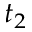
t _ { 2 }